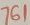
Text: 761